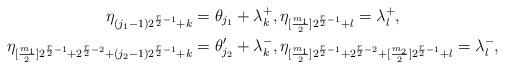
LaTeX: \begin{gather*} \eta_{(j_1-1)2^{{r\over 2}-1}+k}= \theta_{j_1} + \lambda_k^+, \eta_{[{m_1\over2}]2^{{r\over 2}-1}+l}= \lambda_l^+ ,\\ \eta_{[{m_1\over2}]2^{{r\over 2}-1}+2^{{r\over 2}-2}+(j_2-1)2^{{r\over 2}-1}+k}= \theta_{j_2}'+ \lambda_k^- , \eta_{[{m_1\over2}]2^{{r\over 2}-1}+2^{{r\over 2}-2}+[{m_2\over 2}]2^{{r\over 2}-1}+l}= \lambda_l^- ,\end{gather*}